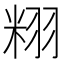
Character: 𮇝